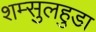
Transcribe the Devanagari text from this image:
शम्सुलहुडा